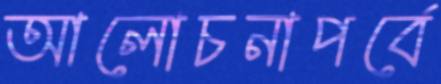
আলোচনাপর্বে